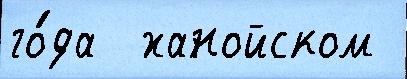
го́да  ханойском